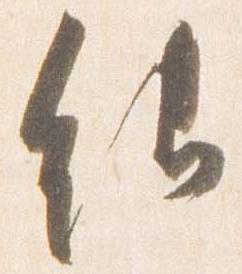
能